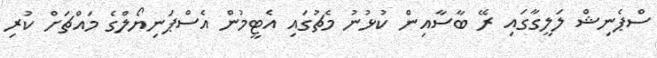
ސްޕެނިޝް ލަލީގާގައި ރޭ ބާސާއިން ކުޅުނު މެޗުގައި އެޓީމުން އެސްޕަނިޔޯލްގެ މައްޗަށް ކުރި